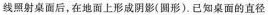
线照射桌面后，在地面上形成阴影(圆形)。已知桌面的直径